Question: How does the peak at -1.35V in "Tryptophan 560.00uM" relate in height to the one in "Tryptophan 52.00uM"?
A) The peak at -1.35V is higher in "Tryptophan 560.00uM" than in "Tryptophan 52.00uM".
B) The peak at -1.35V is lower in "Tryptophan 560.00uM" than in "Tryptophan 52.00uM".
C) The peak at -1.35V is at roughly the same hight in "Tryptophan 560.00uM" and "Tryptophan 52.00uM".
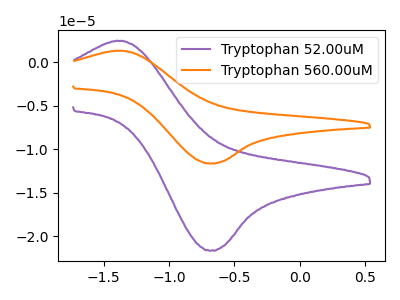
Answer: <think>The purple curve "Tryptophan 52.00uM" has an anodic peak at (-1.35V, 2.45uA) and a cathodic peak at (-0.65V, -21.65uA). The orange curve "Tryptophan 560.00uM" has an anodic peak at (-1.35V, 1.30uA) and a cathodic peak at (-0.65V, -11.65uA).</think>
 <answer>B) The peak at -1.35V is lower in "Tryptophan 560.00uM" than in "Tryptophan 52.00uM".</answer>
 <eval>B</eval>